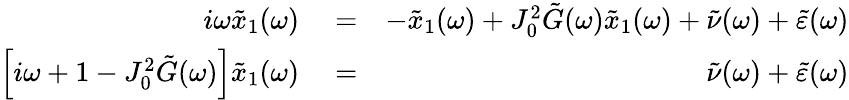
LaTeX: \begin{array}{rlr}{i\omega\tilde{x}_{1}(\omega)}&{{}=}&{-\tilde{x}_{1}(\omega)+J_{0}^{2}\tilde{G}(\omega)\tilde{x}_{1}(\omega)+\tilde{\nu}(\omega)+\tilde{\varepsilon}(\omega)}\\ {\Big[i\omega+1-J_{0}^{2}\tilde{G}(\omega)\Big]\tilde{x}_{1}(\omega)}&{{}=}&{\tilde{\nu}(\omega)+\tilde{\varepsilon}(\omega)}\end{array}